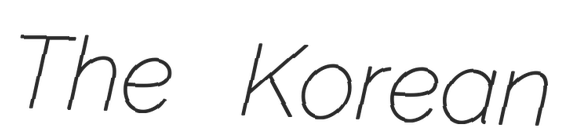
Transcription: The Korean